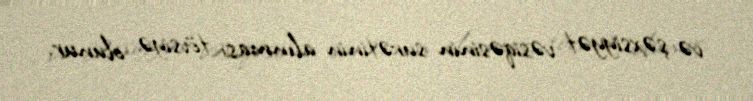
və şəxsiyyət vəsiqəsinin surətinin alınması tövsiyə olunur.